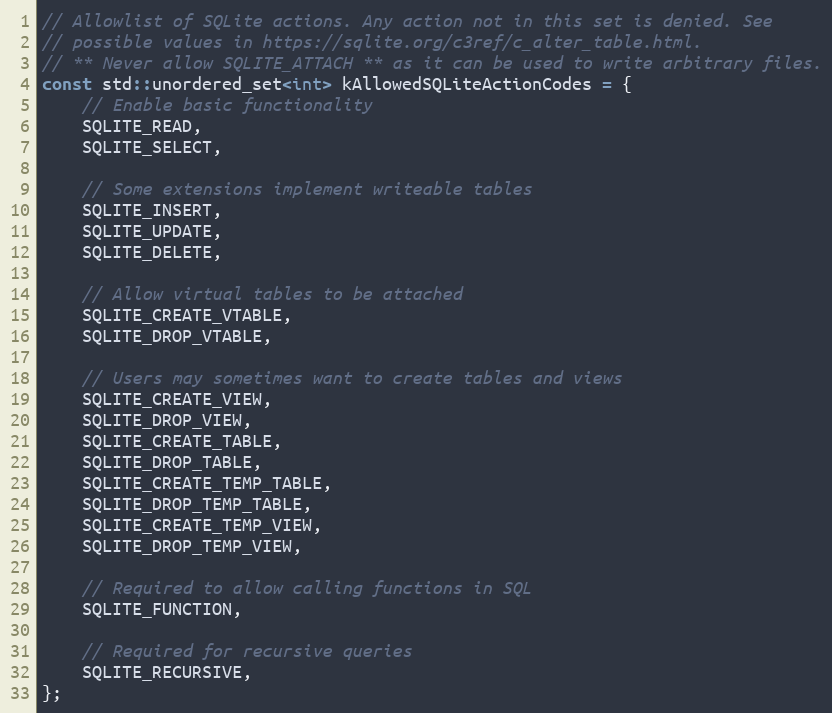
Language: C
// Allowlist of SQLite actions. Any action not in this set is denied. See
// possible values in https://sqlite.org/c3ref/c_alter_table.html.
// ** Never allow SQLITE_ATTACH ** as it can be used to write arbitrary files.
const std::unordered_set<int> kAllowedSQLiteActionCodes = {
    // Enable basic functionality
    SQLITE_READ,
    SQLITE_SELECT,

    // Some extensions implement writeable tables
    SQLITE_INSERT,
    SQLITE_UPDATE,
    SQLITE_DELETE,

    // Allow virtual tables to be attached
    SQLITE_CREATE_VTABLE,
    SQLITE_DROP_VTABLE,

    // Users may sometimes want to create tables and views
    SQLITE_CREATE_VIEW,
    SQLITE_DROP_VIEW,
    SQLITE_CREATE_TABLE,
    SQLITE_DROP_TABLE,
    SQLITE_CREATE_TEMP_TABLE,
    SQLITE_DROP_TEMP_TABLE,
    SQLITE_CREATE_TEMP_VIEW,
    SQLITE_DROP_TEMP_VIEW,

    // Required to allow calling functions in SQL
    SQLITE_FUNCTION,

    // Required for recursive queries
    SQLITE_RECURSIVE,
};